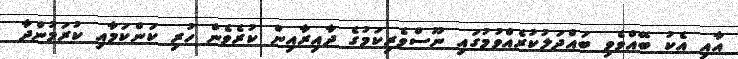
އާއި އެކު ބޭއްވެވި ބައްދަލުކުރެއްވުމުގައި ނޫސްވެރިކަމުގެ ދާއިރާއިން ކުރެވެން ހުރި ކަންކަމާއި ކުރަމުންދާ